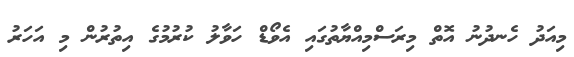
މިއަދު ހެނދުނު އޮތް މިރަސްމިއްޔާތުގައި އެވޯޑް ހަވާލު ކުރުމުގެ އިތުރުން މި އަހަރު